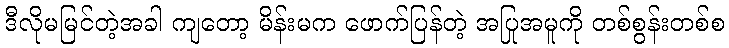
ဒီလိုမမြင်တဲ့အခါ ကျတော့ မိန်းမက ဖောက်ပြန်တဲ့ အပြုအမူကို တစ်စွန်းတစ်စ